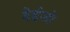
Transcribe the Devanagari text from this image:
देईजो